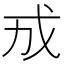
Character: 𪭊